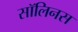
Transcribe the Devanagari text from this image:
सॉलिनस